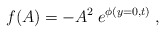
\begin{align*} f(A)=-A^2\:e^{\phi(y=0,t)}\; ,\end{align*}